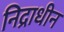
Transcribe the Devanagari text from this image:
निद्राधीन